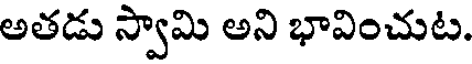
అతడు స్వామి అని భావించుట.